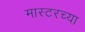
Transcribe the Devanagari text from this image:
मास्टरच्या